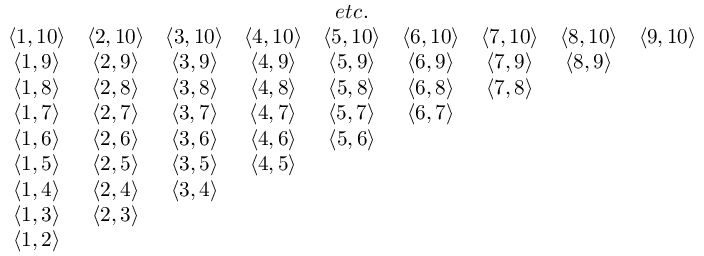
\begin{array} { c c c c c c c c c } & & & & { e t c . } & & & & \\ { \langle 1 , 1 0 \rangle } & { \langle 2 , 1 0 \rangle } & { \langle 3 , 1 0 \rangle } & { \langle 4 , 1 0 \rangle } & { \langle 5 , 1 0 \rangle } & { \langle 6 , 1 0 \rangle } & { \langle 7 , 1 0 \rangle } & { \langle 8 , 1 0 \rangle } & { \langle 9 , 1 0 \rangle } \\ { \langle 1 , 9 \rangle } & { \langle 2 , 9 \rangle } & { \langle 3 , 9 \rangle } & { \langle 4 , 9 \rangle } & { \langle 5 , 9 \rangle } & { \langle 6 , 9 \rangle } & { \langle 7 , 9 \rangle } & { \langle 8 , 9 \rangle } & \\ { \langle 1 , 8 \rangle } & { \langle 2 , 8 \rangle } & { \langle 3 , 8 \rangle } & { \langle 4 , 8 \rangle } & { \langle 5 , 8 \rangle } & { \langle 6 , 8 \rangle } & { \langle 7 , 8 \rangle } & & \\ { \langle 1 , 7 \rangle } & { \langle 2 , 7 \rangle } & { \langle 3 , 7 \rangle } & { \langle 4 , 7 \rangle } & { \langle 5 , 7 \rangle } & { \langle 6 , 7 \rangle } & & & \\ { \langle 1 , 6 \rangle } & { \langle 2 , 6 \rangle } & { \langle 3 , 6 \rangle } & { \langle 4 , 6 \rangle } & { \langle 5 , 6 \rangle } & & & & \\ { \langle 1 , 5 \rangle } & { \langle 2 , 5 \rangle } & { \langle 3 , 5 \rangle } & { \langle 4 , 5 \rangle } & & & & & \\ { \langle 1 , 4 \rangle } & { \langle 2 , 4 \rangle } & { \langle 3 , 4 \rangle } & & & & & & \\ { \langle 1 , 3 \rangle } & { \langle 2 , 3 \rangle } & & & & & & & \\ { \langle 1 , 2 \rangle } & & & & & & & & \end{array}